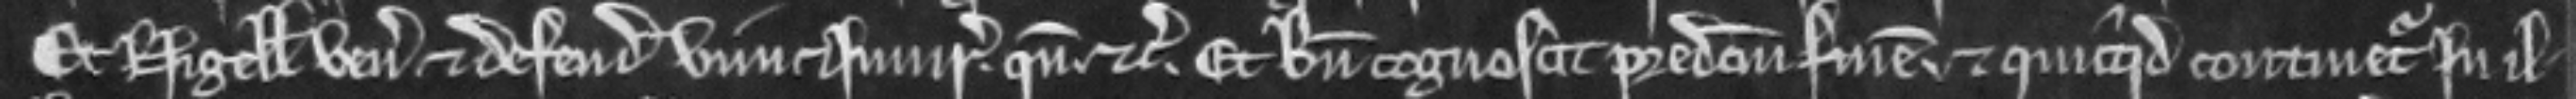
Et Nigellus venit et defendit vim et injuriam. quando etc. et bene cognoscit predictum finem. et quicquid continetur in il